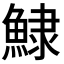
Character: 𩸙